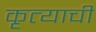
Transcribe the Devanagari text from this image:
कृत्याची